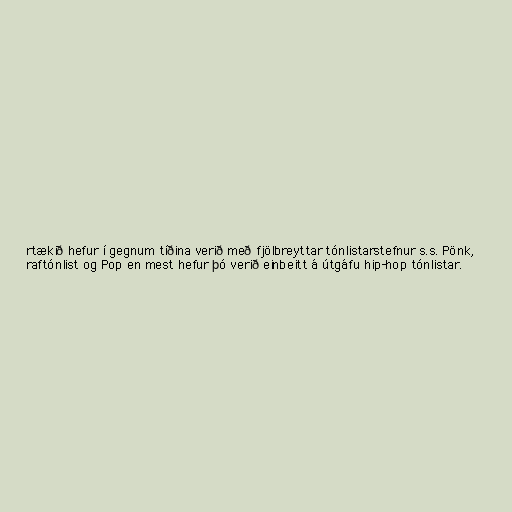
rtækið hefur í gegnum tíðina verið með fjölbreyttar tónlistarstefnur s.s. Pönk,
raftónlist og Pop en mest hefur þó verið einbeitt á útgáfu hip-hop tónlistar.